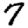
Digit: 7